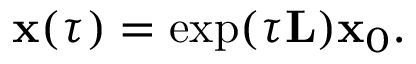
\mathbf { x } ( \tau ) = \exp ( \tau \mathbf { L } ) \mathbf { x } _ { 0 } .